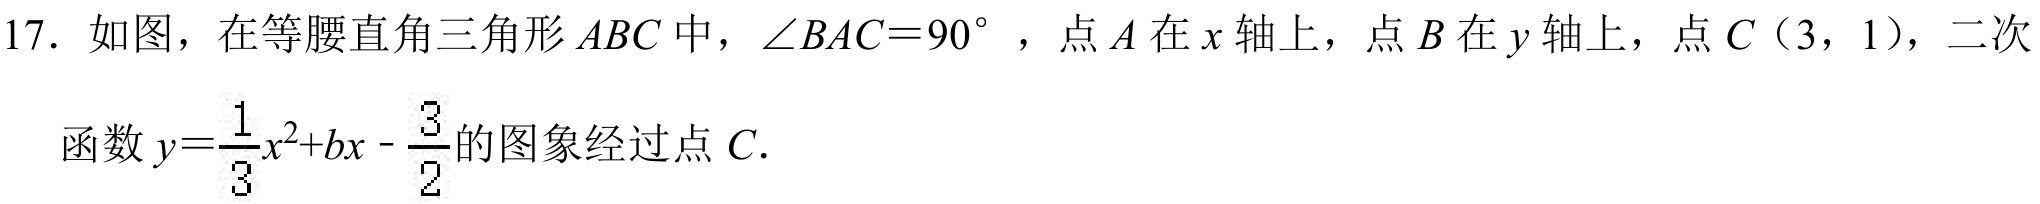
17. 如图，在等腰直角三角形\(ABC\)中，\(\angle BAC = 90^{\circ}\)，点\(A\)在\(x\)轴上，点\(B\)在\(y\)轴上，点\(C(3,1)\)，二次函数\(y=\frac{1}{3}x^{2}+bx - \frac{3}{2}\)的图象经过点\(C\).